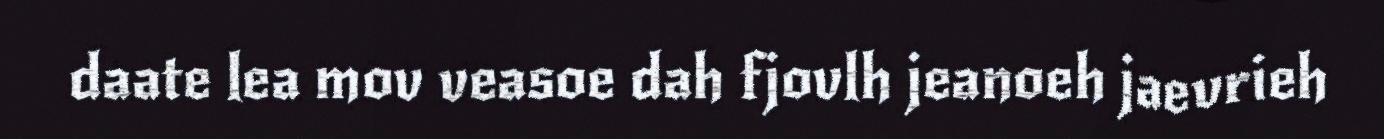
daate lea mov veasoe dah fjovlh jeanoeh jaevrieh